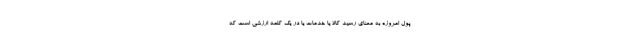
پول امروزه به معنای رسید کالا یا خدمات یا در یک کلمه ارزشی است که